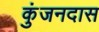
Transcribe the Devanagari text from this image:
कुंजनदास